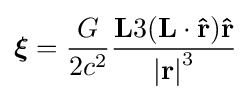
{\boldsymbol {\xi }}={\frac {G}{2c^{2}}}{\frac {\mathbf {L} 3(\mathbf {L} \cdot \mathbf {\hat {r}} )\mathbf {\hat {r}} }{\left|\mathbf {r} \right|^{3}}}